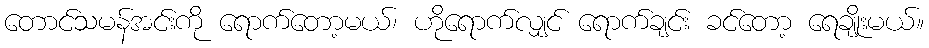
တောင်သမန်အင်းကို ရောက်တော့မယ်၊ ဟိုရောက်လျှင် ရောက်ချင်း ခင်တော့ ရေချိုးမယ်။